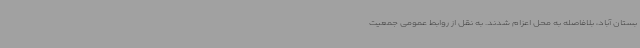
بستان آباد، بلافاصله به محل اعزام شدند. به نقل از روابط عمومی جمعیت